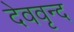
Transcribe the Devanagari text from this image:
देववृन्द